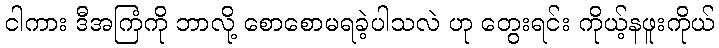
ငါကား ဒီအကြံကို ဘာလို့ စောစောမရခဲ့ပါသလဲ ဟု တွေးရင်း ကိုယ့်နဖူးကိုယ်